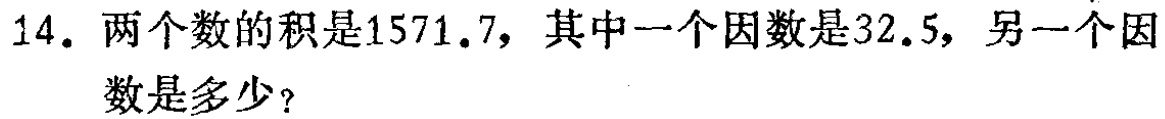
14. 两个数的积是1571.7，其中一个因数是32.5，另一个因数是多少？